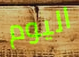
اليوم